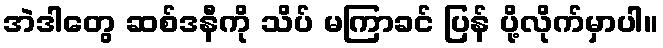
အဲဒါတွေ ဆစ်ဒနီကို သိပ် မကြာခင် ပြန် ပို့လိုက်မှာပါ။